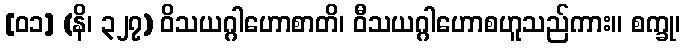
[၀၁] (နိ၊ ၃၂၇) ဝိသယဂ္ဂါဟောစာတိ၊ ဝီသယဂ္ဂါဟောစဟူသည်ကား။ စက္ခု၊